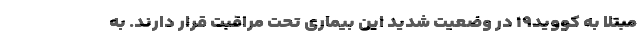
مبتلا به کووید۱۹ در وضعیت شدید این بیماری تحت مراقبت قرار دارند. به